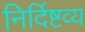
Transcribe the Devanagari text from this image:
निर्दिष्टव्य